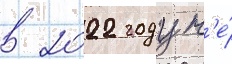
в 2022 году н'е́